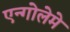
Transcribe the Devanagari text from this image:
एन्गोलेमे